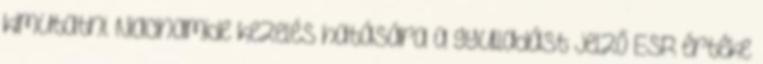
kimutatni. Niacinamide kezelés hatására a gyulladást jelző ESR értéke